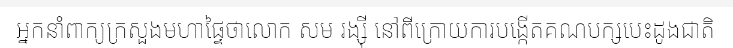
អ្នកនាំពាក្យក្រសួងមហាផ្ទៃថាលោក សម រង្ស៊ី នៅពីក្រោយការបង្កើតគណបក្សបេះដូងជាតិ